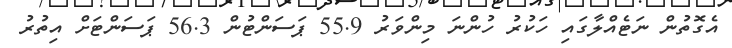
އެގޮތުން ނަޓެއްލާގައި ހަކުރު ހުންނަ މިންވަރު 55.9 ޕަސަންޓުން 56.3 ޕަސަންޓަށް އިތުރު